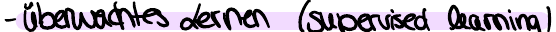
- Überwachtes Lernen (supervised Learning)